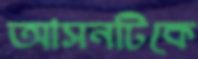
আসনটিকে